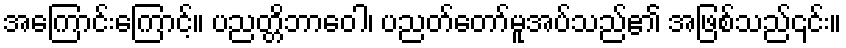
အကြောင်းကြောင့်။ ပညတ္တိဘာဝေါ၊ ပညတ်တော်မူအပ်သည်၏ အဖြစ်သည်၎င်း။